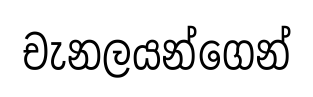
චැනලයන්ගෙන්